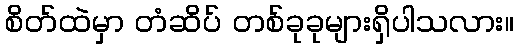
စိတ်ထဲမှာ တံဆိပ် တစ်ခုခုများရှိပါသလား။